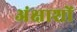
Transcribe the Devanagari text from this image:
अंक्षाशों